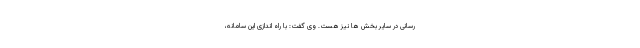
رسانی در سایر بخش ها نیز هست. وی گفت: با راه اندازی این سامانه‌،